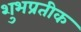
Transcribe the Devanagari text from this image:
शुभप्रतीक